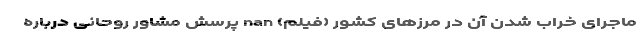
ماجرای خراب شدن آن در مرز‌های کشور (فیلم) nan پرسش مشاور روحانی درباره